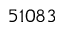
5 1 0 8 3